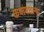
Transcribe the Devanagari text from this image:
कथांमधल्या